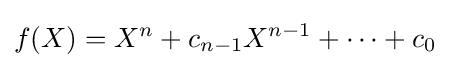
f(X)=X^{n}+c_{n-1}X^{n-1}+\cdots +c_{0}